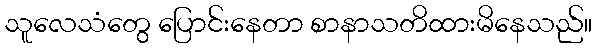
သူလေသံတွေ ပြောင်းနေတာ စာနာသတိထားမိနေသည်။